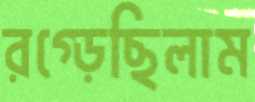
রগ্‌ড়েছিলাম